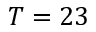
T = 2 3